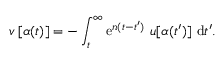
v \, [ \alpha ( t ) ] = - \int _ { t } ^ { \infty } \mathrm { e } ^ { n ( t - t ^ { \prime } ) } \, \, u [ \alpha ( t ^ { \prime } ) ] \, \, \mathrm { d } t ^ { \prime } .